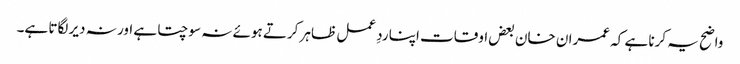
واضح یہ کرنا ہے کہ عمران خان بعض اوقات اپنا ردِ عمل ظاہر کرتے ہوئے نہ سوچتا ہے اور نہ دیر لگاتا ہے۔